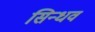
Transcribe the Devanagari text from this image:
सिन्धव